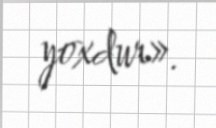
yoxdur».